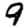
Digit: 9